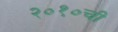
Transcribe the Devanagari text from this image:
२०१०ची